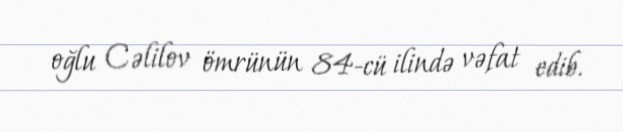
oğlu Cəlilov ömrünün 84-cü ilində vəfat edib.